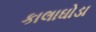
કાલાઘોડા